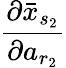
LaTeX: \frac{\partial\bar{x}_{s_{2}}}{\partial a_{r_{2}}}